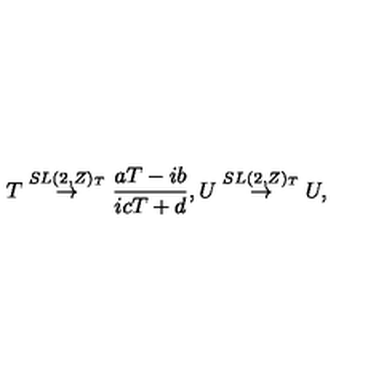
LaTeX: T \stackrel { S L ( 2 , Z ) _ { T } } { \rightarrow } \frac { a T - i b } { i c T + d } , U \stackrel { S L ( 2 , Z ) _ { T } } { \rightarrow } U ,